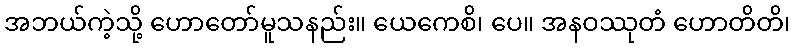
အဘယ်ကဲ့သို့ ဟောတော်မူသနည်း။ ယေကေစိ၊ ပေ။ အနဝဿုတံ ဟောတိတိ၊